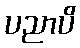
ပညာပိ